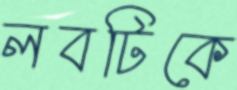
লবটিকে